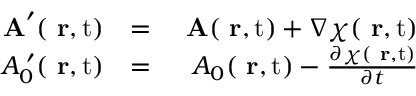
\begin{array} { r l r } { \mathrm { \bf ~ A } ^ { \prime } ( \mathrm { { \bf ~ r } , t } ) } & { = } & { \mathrm { \bf ~ A } ( \mathrm { { \bf ~ r } , t } ) + \nabla \chi ( \mathrm { { \bf ~ r } , t } ) } \\ { A _ { 0 } ^ { \; \prime } ( \mathrm { { \bf ~ r } , t } ) } & { = } & { A _ { 0 } ( \mathrm { { \bf ~ r } , t } ) - \frac { \partial \chi ( \mathrm { { \bf ~ r } , t } ) } { \partial t } } \end{array}